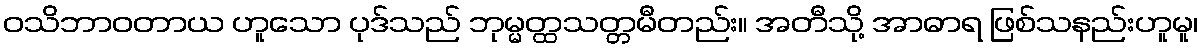
ဝသိဘာဝတာယ ဟူသော ပုဒ်သည် ဘုမ္မတ္ထသတ္တမီတည်း။ အတီသို့ အာဓာရ ဖြစ်သနည်းဟူမူ၊